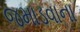
જમાડવાના